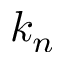
k _ { n }